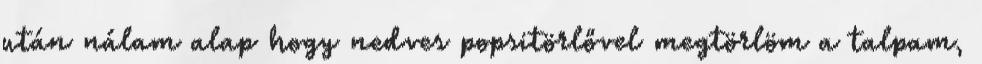
után nálam alap hogy nedves popsitörlővel megtörlöm a talpam,